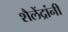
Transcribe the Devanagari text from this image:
शैलेंद्रांनी